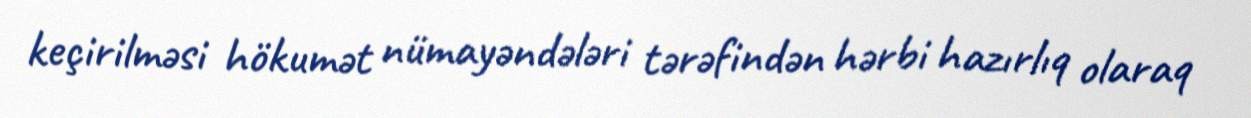
keçirilməsi hökumət nümayəndələri tərəfindən hərbi hazırlıq olaraq